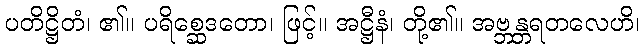
ပတိဋ္ဌိတံ၊ ၏။ ပရိစ္ဆေဒတော၊ ဖြင့်။ အဋ္ဌီနံ၊ တို့၏။ အဗ္ဘန္တရတလေဟိ၊